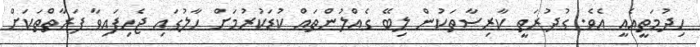
ހިދުމަތީއެއީ އެވެ. ގުދުރަތީ ކާރިސާތަކުން ލިބޭ ގެއްލުންތައް ކުޑަކުރުމަށް ހާލުގައި ޖެހިފައިވާ ފަރާތްތަކަށް